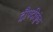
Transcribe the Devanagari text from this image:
द्रौपदीकुंड